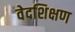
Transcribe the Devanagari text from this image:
वेदशिक्षण